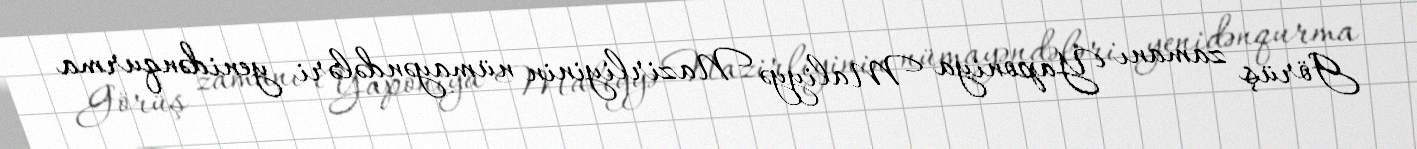
Görüş zamanı Yaponiya Maliyyə Nazirliyinin nümayəndələri yenidənqurma